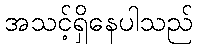
အသင့်ရှိနေပါသည်